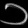
Digit: ၁